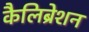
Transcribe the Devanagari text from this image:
कैलिब्रेशन